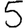
Digit: 5